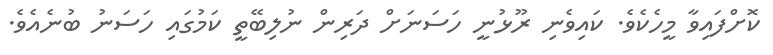
ކޮށްފައިވާ މީހެކެވެ. ކައިވެނި ރޫޅުނީ ހަސަނަށް ދަރިން ނުލިބޭތީ ކަމުގައި ހަސަނު ބުނެއެވެ.